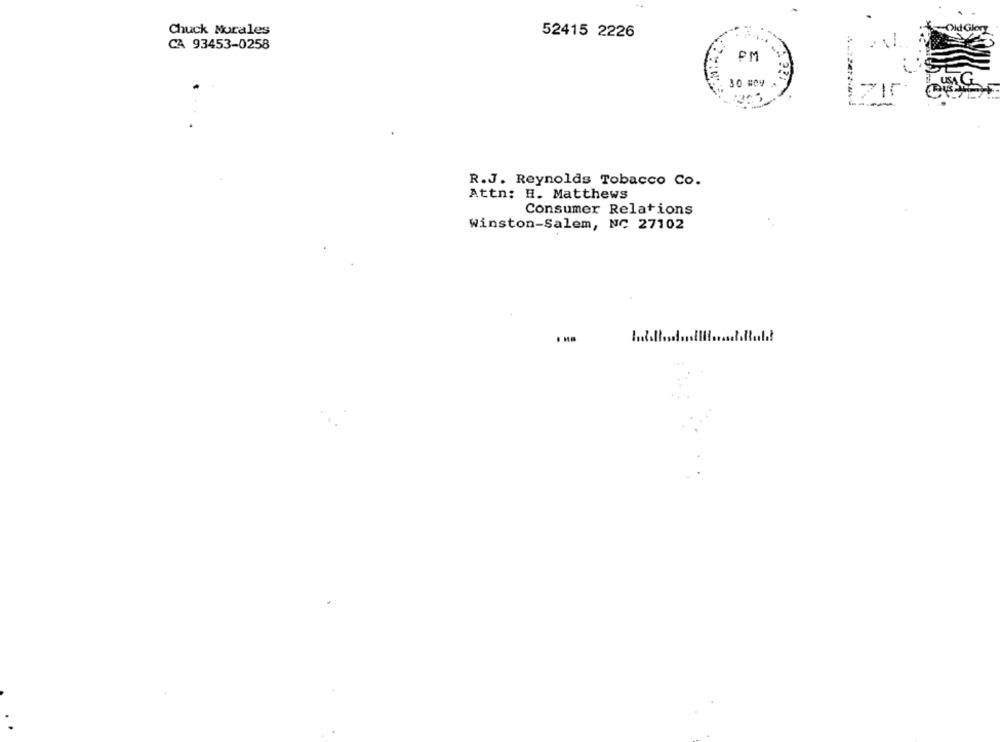
Chuck Morales
52415 2226
CA 93453-0258
PM
USA G
30 BOY
R.J. Reynolds Tobacco Co.
Attn: H. Matthews
Consumer Relations
Winston-Salem, NC 27102